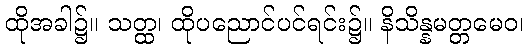
ထိုအခါ၌။ သတ္ထ၊ ထိုပညောင်ပင်ရင်း၌။ နိသိန္နမတ္တမေဝ၊